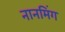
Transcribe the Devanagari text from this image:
नानमिंग